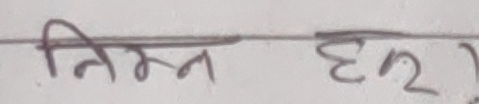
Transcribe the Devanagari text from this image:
निम्न हर।